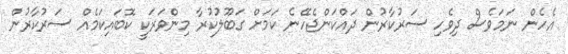
އެހެން ނަމަވެސް ދިވެހި ސަރުކާރުން ދައްކަންޖެހޭނެ ކަަމަށް ގަބޫލުކުރާ މިންވަރަކީ ކޮބައިކަމެއް ސަރުކާރުން